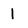
Character: 1